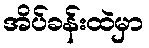
အိပ်ခန်းထဲမှာ